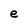
Character: e